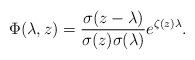
LaTeX: \begin{align*}\Phi(\lambda,z)=\frac{\sigma(z-\lambda)}{\sigma(z)\sigma(\lambda)}e^{\zeta(z)\lambda} .\end{align*}